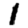
Digit: 1